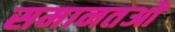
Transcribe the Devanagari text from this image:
समानतओं